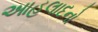
આહલાદનો